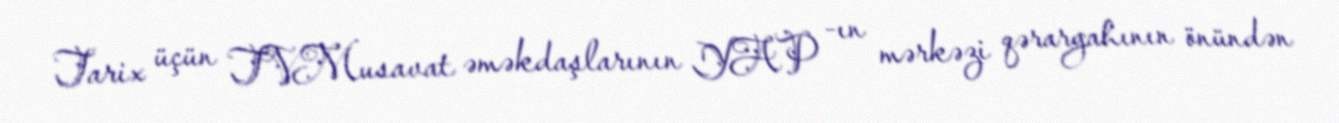
Tarix üçün TVMusavat əməkdaşlarının YAP -ın mərkəzi qərargahının önündən